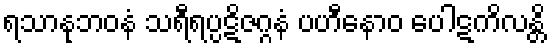
ရသာနုဘဝနံ သရီရပ္ပဋိဇဂ္ဂနံ ပဟီနောဝ ပေါဋကိလန္တိ